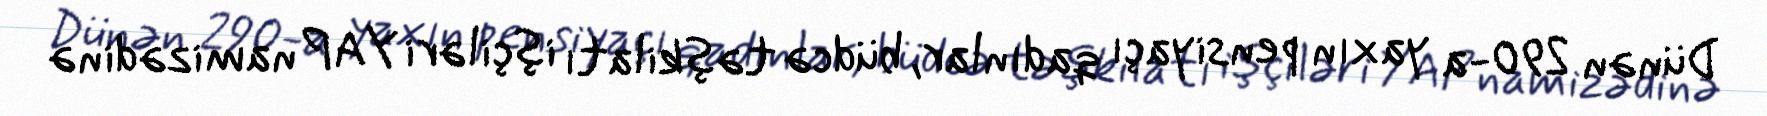
Dünən 290-a yaxın pensiyaçı qadınlar, büdcə təşkilatı işçiləri YAP namizədinə